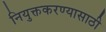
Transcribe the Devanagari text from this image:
नियुक्तकरण्यासाठी